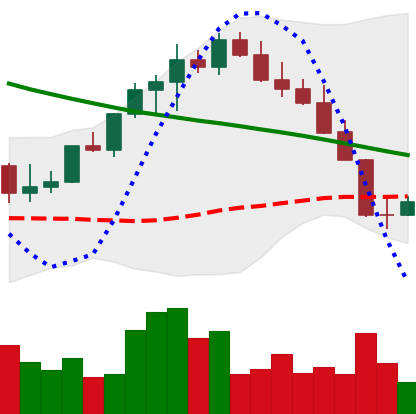
Ticker: LINK-USD
Chart end date: 2022-08-21
Forward return: -8.478%
Label: down_7plus